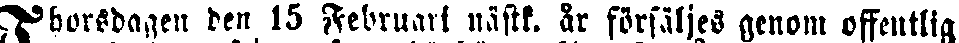
Thorsdagen den 15 Februari nästk. år försäljes genom offentlig